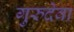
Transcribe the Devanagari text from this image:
गुरुदेवा